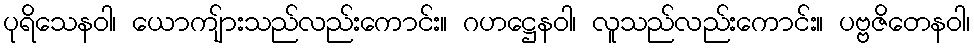
ပုရိသေနဝါ၊ ယောကျ်ားသည်လည်းကောင်း။ ဂဟဋ္ဌေနဝါ၊ လူသည်လည်းကောင်း။ ပဗ္ဗဇိတေနဝါ၊